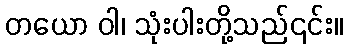
တယော ဝါ၊ သုံးပါးတို့သည်၎င်း။